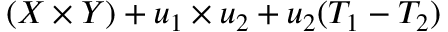
( X \times Y ) + u _ { 1 } \times u _ { 2 } + u _ { 2 } ( T _ { 1 } - T _ { 2 } )